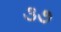
૩૭